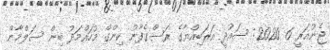
ޖެނުއަރީ 6 2020: ސައުދީ އަރަބިއްޔާގެ ރަސްގެފާނު ކިންގް މުހައްމަދު ބިން ސަލްމާން